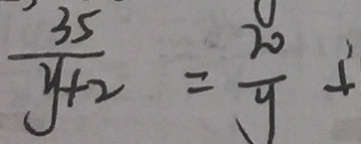
\frac { 3 5 } { y + 2 } = \frac { 2 0 } { y } +